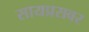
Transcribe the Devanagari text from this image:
सायप्रसवर